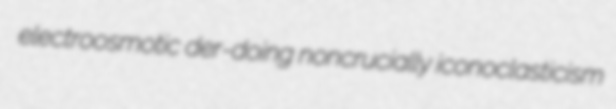
electroosmotic der-doing noncrucially iconoclasticism